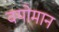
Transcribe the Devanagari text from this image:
वयोमान